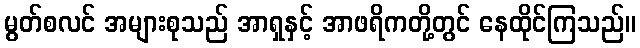
မွတ်စလင် အများစုသည် အာရှနှင့် အာဖရိကတို့တွင် နေထိုင်ကြသည်။